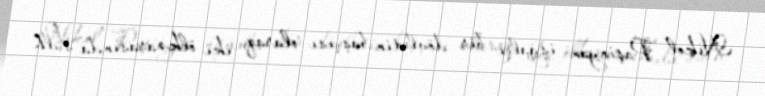
Nikol Paşinyan işğalçı bir dövlətin başçısı olaraq, iki ölkə arasında sülh